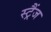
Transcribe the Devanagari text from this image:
स्ट्रैंज